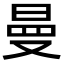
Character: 曼